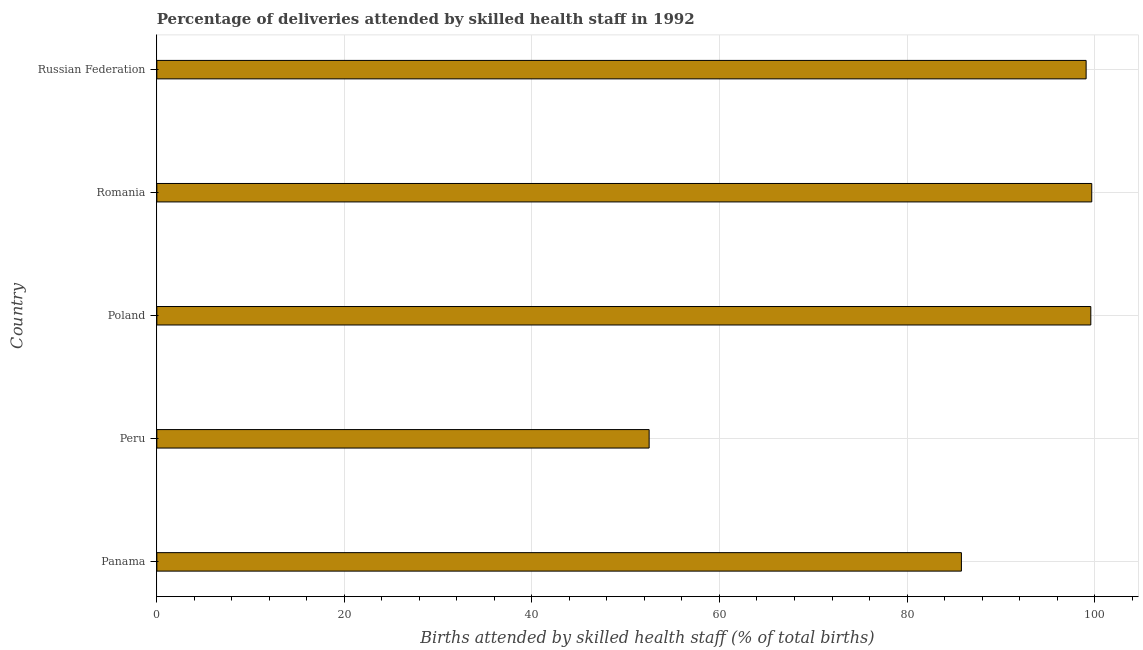
| Country | Births attended by skilled health staff |
 | --- | --- |
 | Panama | 85.8 |
 | Peru | 52.5 |
 | Poland | 99.6 |
 | Romania | 99.7 |
 | Russian Federation | 99.1 |